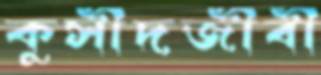
কুসীদজীবী